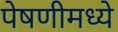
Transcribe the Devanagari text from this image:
पेषणीमध्ये